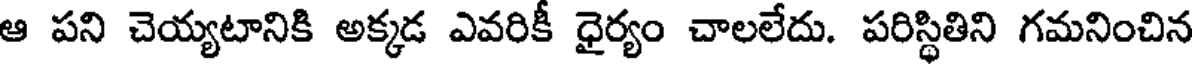
ఆ పని చెయ్యటానికి అక్కడ ఎవరికీ ధైర్యం చాలలేదు. పరిస్థితిని గమనించిన